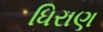
ધિરાણ